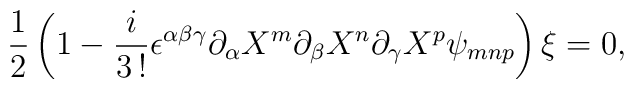
\frac {1}{2} \left( 1 - \frac {i}{3 \, !} \epsilon^{\alpha \beta \gamma} \partial_{\alpha} X^m \partial_{\beta} X^n \partial_{\gamma} X^p \psi_{mnp} \right) \xi =0,